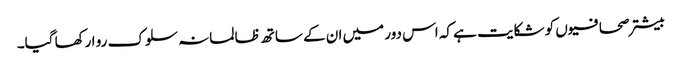
بیشتر صحافیوں کو شکایت ہے کہ اس دور میں ان کے ساتھ ظالمانہ سلوک رو ا رکھا گیا۔